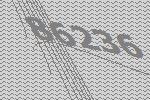
86236